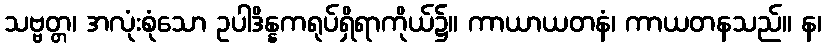
သဗ္ဗတ္တ၊ အလုံးစုံသော ဥပါဒိန္နကရုပ်ရှိရာကိုယ်၌။ ကာယာယတနံ၊ ကာယတနသည်။ န၊